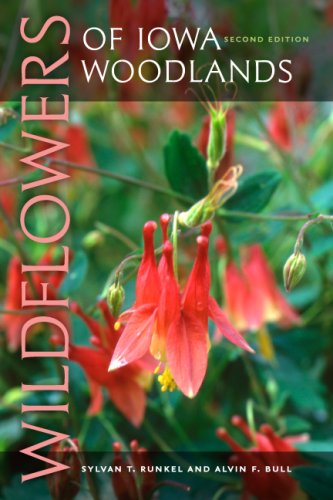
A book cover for Wildflowers of Iowa Woodlands (Bur Oak Guide); Sylvan T. Runkel; Crafts, Hobbies & Home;